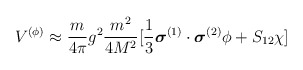
\begin{align*}V^{(\phi)} \approx \frac{m}{4 \pi} g^{2} \frac{m^{2}}{4M^{2}}[\frac{1}{3} \mbox{\boldmath $\sigma$}^{(1)} \cdot \mbox{\boldmath $\sigma$}^{(2)} \phi + S_{12} \chi] \end{align*}